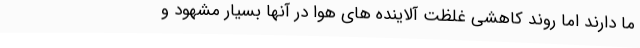
ما دارند اما روند کاهشی غلظت آلاینده های هوا در آنها بسیار مشهود و